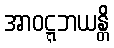
အာဝဋ္ဋဘယန္တိ